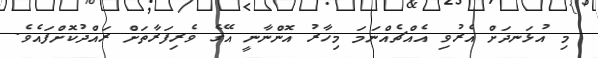
މި އުޅަނދަށް އެރުވި އެއްޗެއްނަމަ މިހާރު އޮންނާނީ އޭގެ ވެރިފަރާތަށް ރައްދުކޮށްފައެވެ.